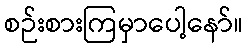
စဉ်းစားကြမှာပေါ့နော်။